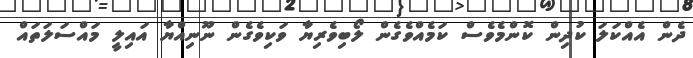
ދެން އެއްކަލަ ކުދިން ކޮންމެވެސް ކަމެއްވެގެން ލޯބިވެރިޔާ ވަކިވެގެން ނޫނިއްޔާ އައިލީ މައްސަލަތައް